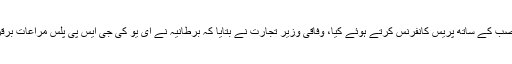
اے آر وائی نے لکھا ہے کہ ان خیالات کا اظہار انہوں نے برطانوی ہم منصب کے ساتھ پریس کانفرنس کرتے ہوئے کیا، وفاقی وزیر تجارت نے بتایا کہ برطانیہ نے ای یو کی جی ایس پی پلس مراعات برقرار رکھنے کا فیصلہ ہے جس سے تجارت کے نئے مواقع میسر آئیں گے۔